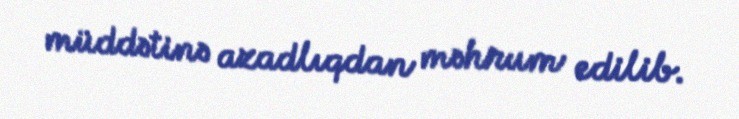
müddətinə azadlıqdan məhrum edilib.